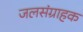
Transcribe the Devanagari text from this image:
जलसंग्राहक